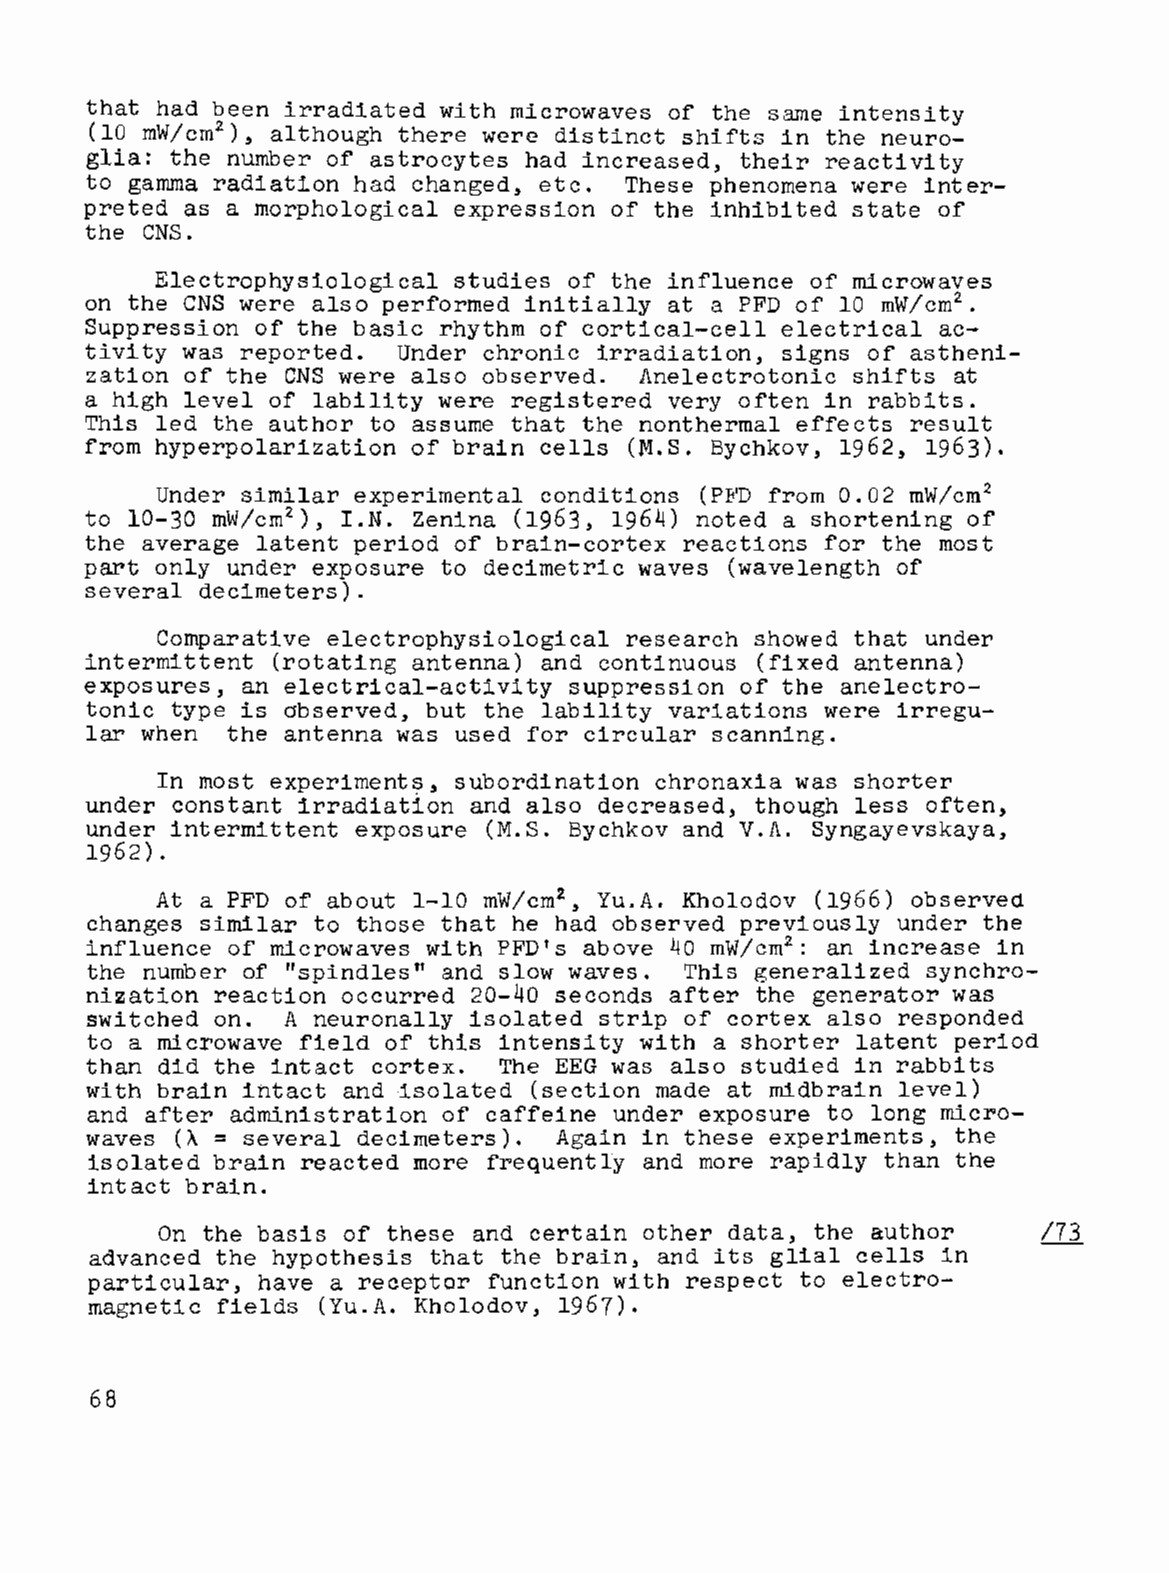
that had been irradiated with microwaves of the same intensity
 (10 mW/cm2  although there were distinct shifts in the neuro
 ),
 glia: the number of astrocytes had increased, their reactivity
 to gamma radiation had changed, etc. These phenomena were inter
 preted as a morphological expression of the inhibited state of
 the CNS.
 Electrophysiological studies of the influence of microwaves
 on the CNS were also performed initially at a PFD of 10 mW/cm2
 •
 Suppression of the basic rhythm of cortical-cell electrical ac
 tivity was reported. Under chronic irradiation, signs of astheni
 zation of the CNS were also observed. Anelectrotonic shifts at
 a high level of lability were registered very often in rabbits.
 This led the author to assume that the nonthermal effects result
 from hyperpolarization of brain cells (M.S. Bychkov, 1962, 1963).
 Under similar experimental conditions (PFD from 0.02 mW/cm2
 to 10-30 mW/cm2  I.N. Zenina (1963, 1964) noted a shortening of
 ),
 the average latent period of brain-cortex reactions for the most
 part only under exposure to decimetric waves (wavelength of
 several decimeters).
 Comparative electrophysiological research showed that under
 intermittent (rotating antenna) and continuous (fixed antenna)
 exposures, an electrical-activity suppression of the anelectro
 tonic type is observed, but the lability variations were irregu
 lar when the antenna was used for circular scanning.
 In most experiments, subordination chronaxia was shorter
 under constant irradiation and also decreased, though less often,
 under intermittent exposure (M.S. Bychkov and V.A. Syngayevskaya,
 1962).
 At a PFD of about 1-10 mW/cm2 , Yu.A. Kholodov (1966) observed
 changes similar to those that he had observed previously under the
 influence of microwaves with PFD's above 40 mW/cm2 an increase in
 :
 the number of "spindles" and slow waves. This generalized synchro
 nization reaction occurred 20-40 seconds after the generator was
 switched on. A neuronally isolated strip of cortex also responded
 to a microwave field of this intensity with a shorter latent period
 than did the intact cortex. The EEG was also studied in rabbits
 with brain intact and isolated (section made at midbrain level)
 and after administration of caffeine under exposure to long micro
 =
 waves (A  several decimeters). Again in these experiments, the
 isolated brain reacted more frequently and more rapidly than the
 intact brain.
 On the basis of these and certain other data, the author  /73
 advanced the hypothesis that the brain, and its glial cells in
 particular, have a receptor function with respect to electro-
 magnetic fields (Yu.A. Kholodov, 1967).
 68